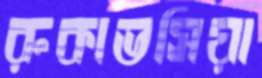
রুকাভসিয়া